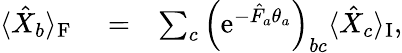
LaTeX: \begin{array}{rlr}{\langle\hat{X}_{b}\rangle_{\mathrm{F}}}&{{}=}&{\sum_{c}\left(\mathrm{e}^{-\hat{F}_{a}\theta_{a}}\right)_{bc}\langle\hat{X}_{c}\rangle_{\mathrm{I}},}\end{array}